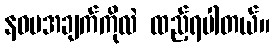
နဝမအချက်ကိုလဲ ထည့်ရပါတယ်။